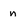
Character: n